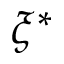
\xi ^ { * }